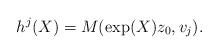
LaTeX: \begin{align*} h^j(X)=M(\exp (X) z_0,v_j).\end{align*}